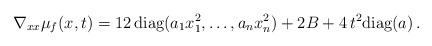
LaTeX: \begin{align*}\nabla_{xx}\mu_f(x,t)=12 \,{\rm diag}(a_1 x_1^2,\ldots, a_n x_n^2) + 2B + 4\,t^2 {\rm diag}(a)\,.\end{align*}